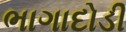
ભાગાદોડી